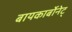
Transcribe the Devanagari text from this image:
बायकार्बोनेट्